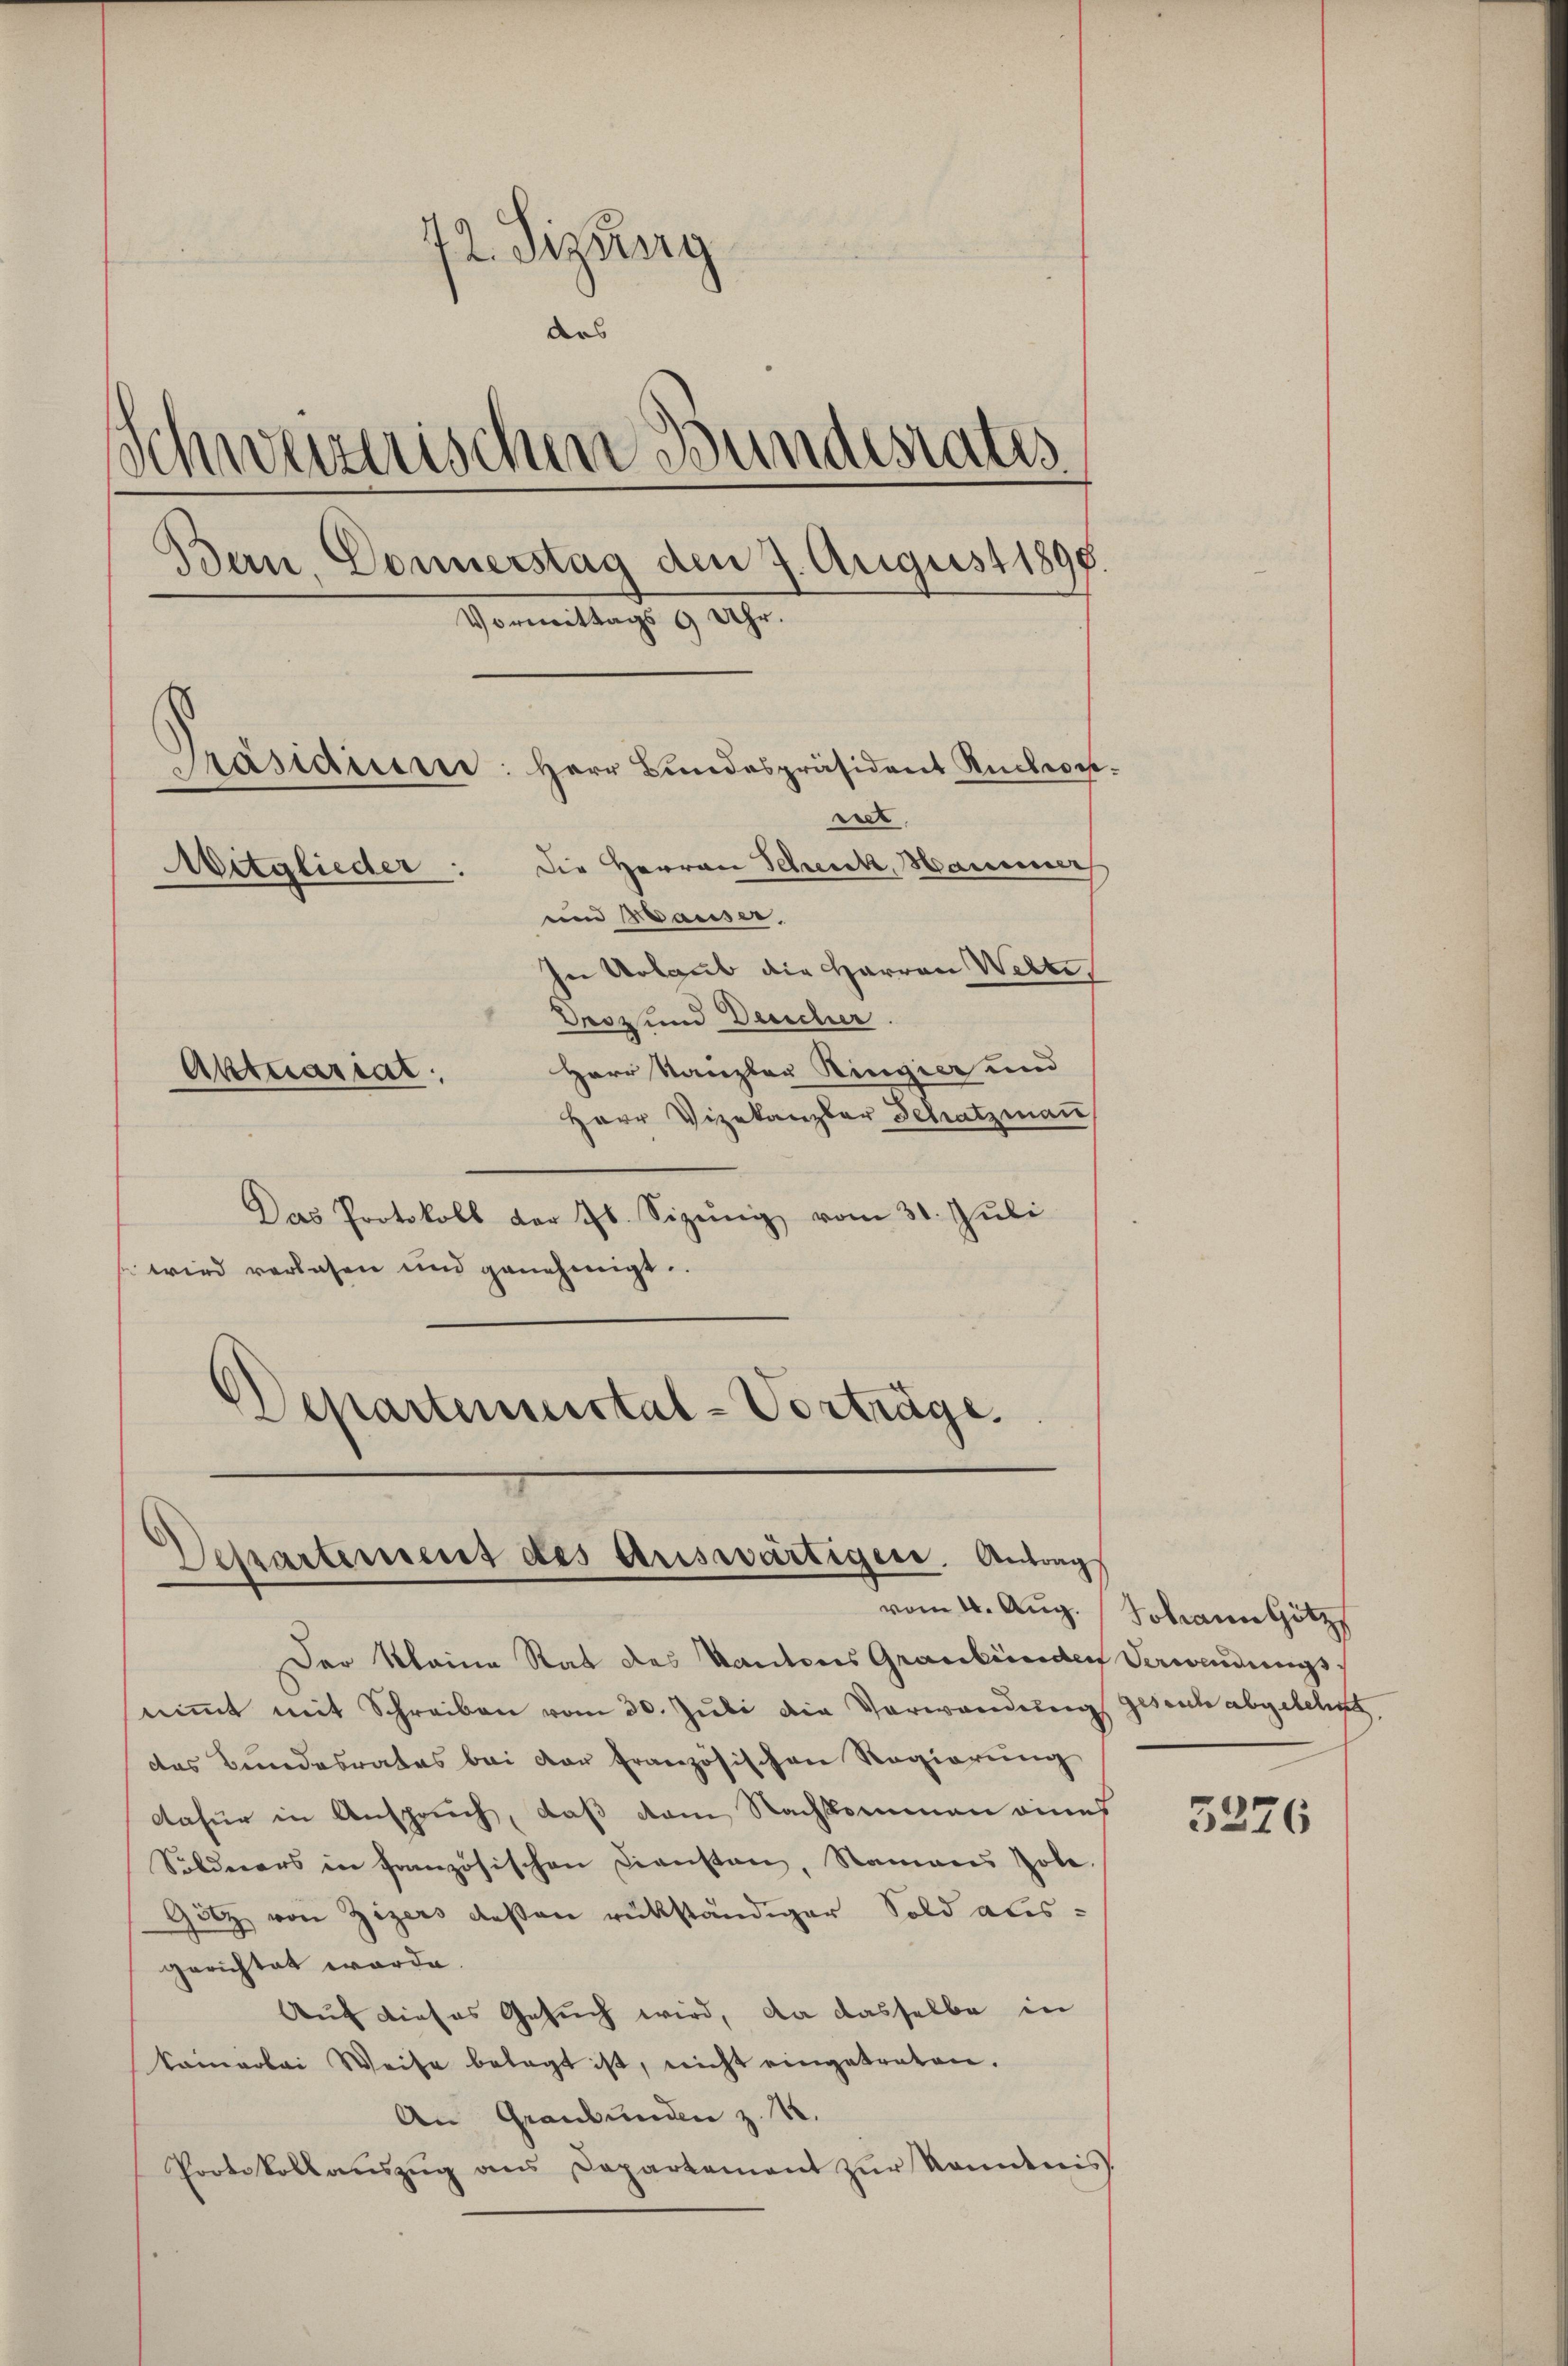
72. Sizung
des
Schweizerischen Bundesrates
Bern Donnerstag den 7. August 1890.
Vormittags 9 Uhr.
Präsidiere: Herr Bundespräsident Ruchon
reet
Mitglieder: Die Herren Schick, Mannerer
und Hauser,
In Urlaub die Herren Werte,
Dasz und Deucher.
Herr Kanzler Ringier und
Aktuariat
Herr Vizekanzler Schatzmann

Das Protokoll der Jb. Sizŭng vom 31. Jŭli
wird verlesen und genehmigt.
Departenstal-Vorträge.

Departement des Auswärtigen. Antrag

Der Kleine Rat des Kantons Graubünden Verwendungsnimmt mit Schreiben vom 30. Juli die Verwendung
das Bundesrates bei der französischen Regierung
dafür in Anspruch, daß dem Nachkommen eines
Sölderers in französischen Dienstanz, Ramann Pole
Götz von Zizers deßen rükständiger Sold aus-
gerichtet werde.
Auf dieses Gesuch wird, da dasselbe in
kamarbei Weise belegt ist, nicht eingetraten.
An Graubünden z. R.
Protokollaŭszŭg ans Departement zŭr Ramdenis

vom 11. Aug. Johann Hitz
gesich abgelehnt

5226